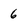
Character: 6